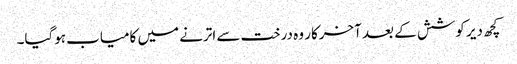
کچھ دیر کوشش کے بعد آخرکار وہ درخت سے اترنے میں کامیاب ہوگیا۔